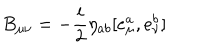
B _ { \mu \nu } = - \frac i 2 \eta _ { a b } [ e _ { \mu } ^ { a } , e _ { \nu } ^ { b } ]